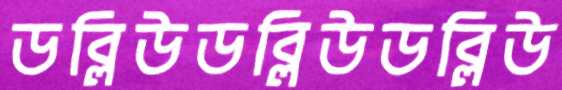
ডব্লিউডব্লিউডব্লিউ